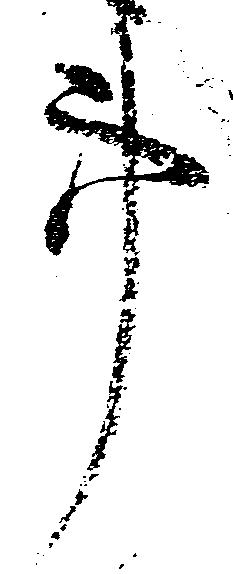
事